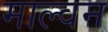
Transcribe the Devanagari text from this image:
माल्वन